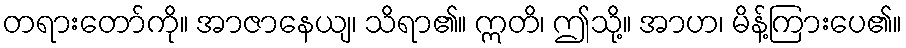
တရားတော်ကို။ အာဇာနေယျ၊ သိရာ၏။ ဣတိ၊ ဤသို့။ အာဟ၊ မိန့်ကြားပေ၏။